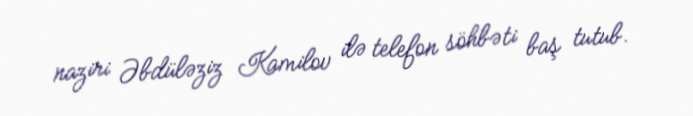
naziri Əbdüləziz Kamilov ilə telefon söhbəti baş tutub.